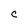
Character: C